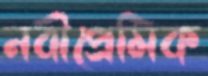
নবীপ্রেমিক